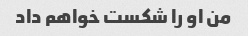
من او را شکست خواهم داد